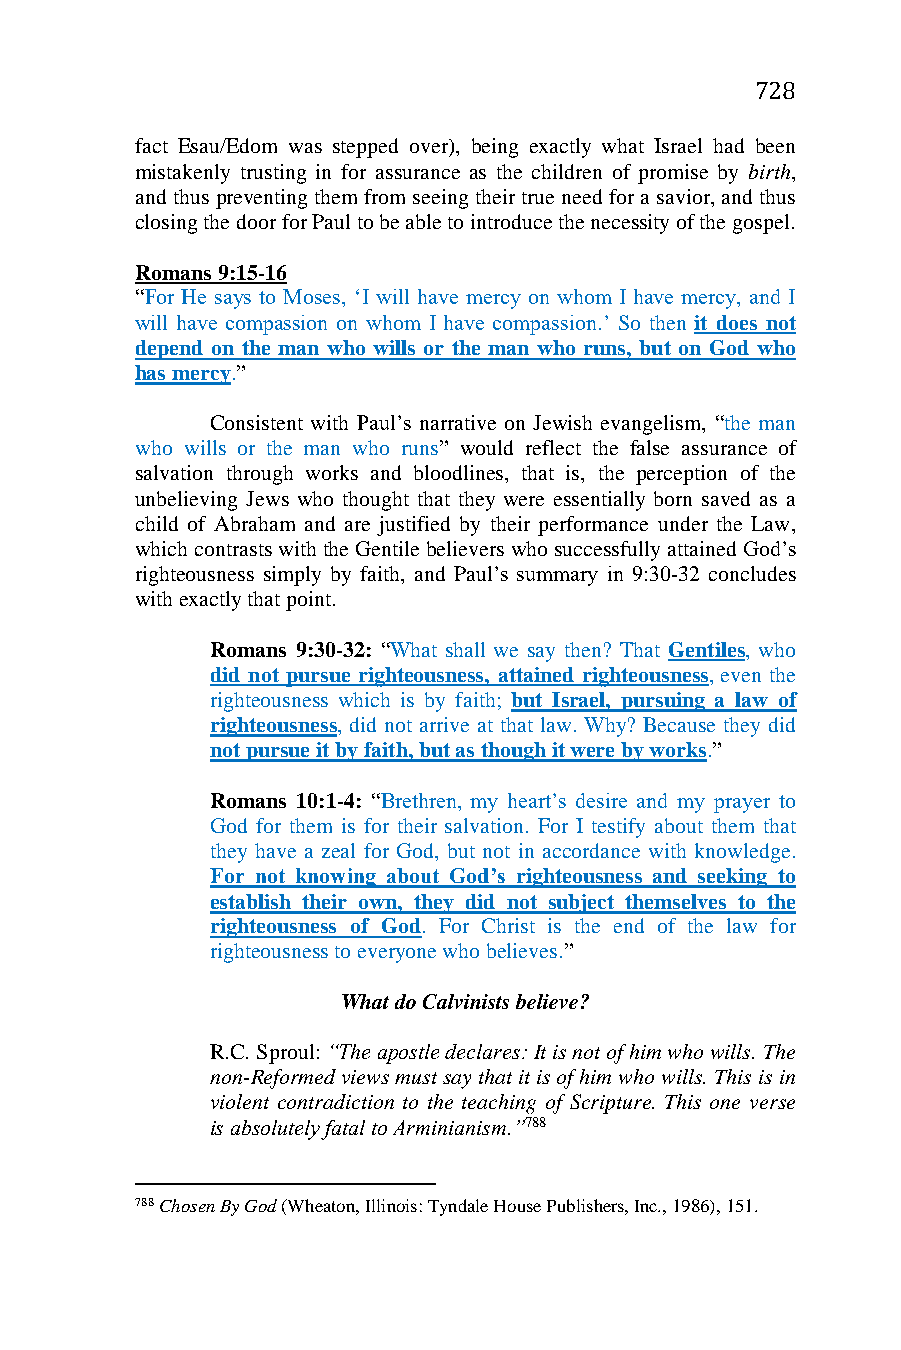
728
 fact Esau/Edom was stepped over), being exactly what Israel had been
 mistakenly trusting in for assurance as the children of promise by birth,
 and thus preventing them from seeing their true need for a savior, and thus
 closing the door for Paul to be able to introduce the necessity of the gospel.
 Romans 9:15-16
 “For He says to Moses, ‘I will have mercy on whom I have mercy, and I
 will have compassion on whom I have compassion.’ So then it does not
 depend on the man who wills or the man who runs, but on God who
 has mercy.”
 Consistent with Paul’s narrative on Jewish evangelism, “the man
 who wills or the man who runs” would reflect the false assurance of
 salvation through works and bloodlines, that is, the perception of the
 unbelieving Jews who thought that they were essentially born saved as a
 child of Abraham and are justified by their performance under the Law,
 which contrasts with the Gentile believers who successfully attained God’s
 righteousness simply by faith, and Paul’s summary in 9:30-32 concludes
 with exactly that point.
 Romans 9:30-32: “What shall we say then? That Gentiles, who
 did not pursue righteousness, attained righteousness, even the
 righteousness which is by faith; but Israel, pursuing a law of
 righteousness, did not arrive at that law. Why? Because they did
 not pursue it by faith, but as though it were by works.”
 Romans 10:1-4: “Brethren, my heart’s desire and my prayer to
 God for them is for their salvation. For I testify about them that
 they have a zeal for God, but not in accordance with knowledge.
 For not knowing about God’s righteousness and seeking to
 establish their own, they did not subject themselves to the
 righteousness of God. For Christ is the end of the law for
 righteousness to everyone who believes.”
 What do Calvinists believe?
 R.C. Sproul: “The apostle declares: It is not of him who wills. The
 non-Reformed views must say that it is of him who wills. This is in
 violent contradiction to the teaching of Scripture. This one verse
 is absolutely fatal to Arminianism.”788
 788 Chosen By God (Wheaton, Illinois: Tyndale House Publishers, Inc., 1986), 151.